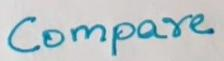
Compare